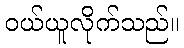
ဝယ်ယူလိုက်သည်။